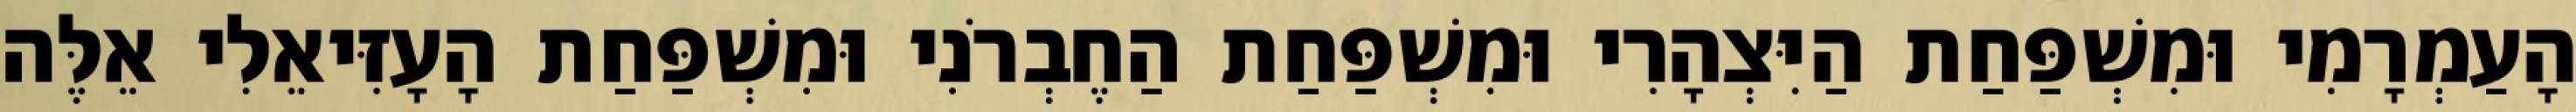
הָעַמְרָמִי וּמִשְׁפַּחַת הַיִּצְהָרִי וּמִשְׁפַּחַת הַחֶבְרֹנִי וּמִשְׁפַּחַת הָעָזִּיאֵלִי אֵלֶּה